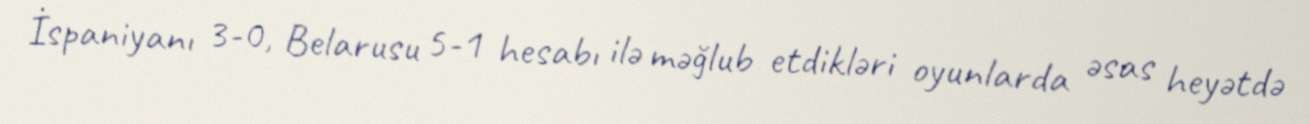
İspaniyanı 3-0, Belarusu 5-1 hesabı ilə məğlub etdikləri oyunlarda əsas heyətdə